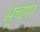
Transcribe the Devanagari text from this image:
भूचंगा